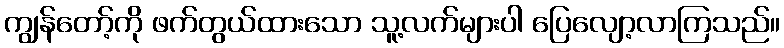
ကျွန်တော့်ကို ဖက်တွယ်ထားသော သူ့လက်များပါ ပြေလျော့လာကြသည်။